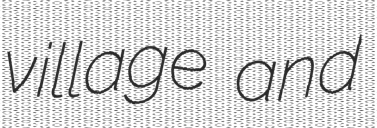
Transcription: village and